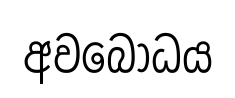
අවබොධය